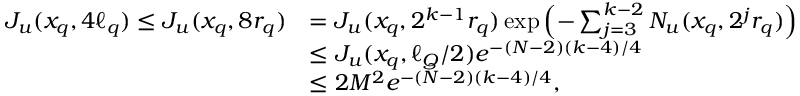
\begin{array} { r l } { J _ { u } ( x _ { q } , 4 \ell _ { q } ) \le J _ { u } ( x _ { q } , 8 r _ { q } ) } & { = J _ { u } ( x _ { q } , 2 ^ { k - 1 } r _ { q } ) \exp \Big ( { - \sum _ { j = 3 } ^ { k - 2 } N _ { u } ( x _ { q } , 2 ^ { j } r _ { q } ) } \Big ) } \\ & { \le J _ { u } ( x _ { q } , \ell _ { Q } / 2 ) e ^ { - ( N - 2 ) ( k - 4 ) / 4 } } \\ & { \le 2 M ^ { 2 } e ^ { - ( N - 2 ) ( k - 4 ) / 4 } , } \end{array}